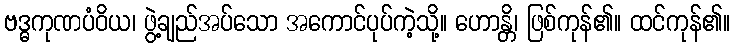
ဗဒ္ဓကုဏပံဝိယ၊ ဖွဲ့ချည်အပ်သော အကောင်ပုပ်ကဲ့သို့။ ဟောန္တိ၊ ဖြစ်ကုန်၏။ ထင်ကုန်၏။